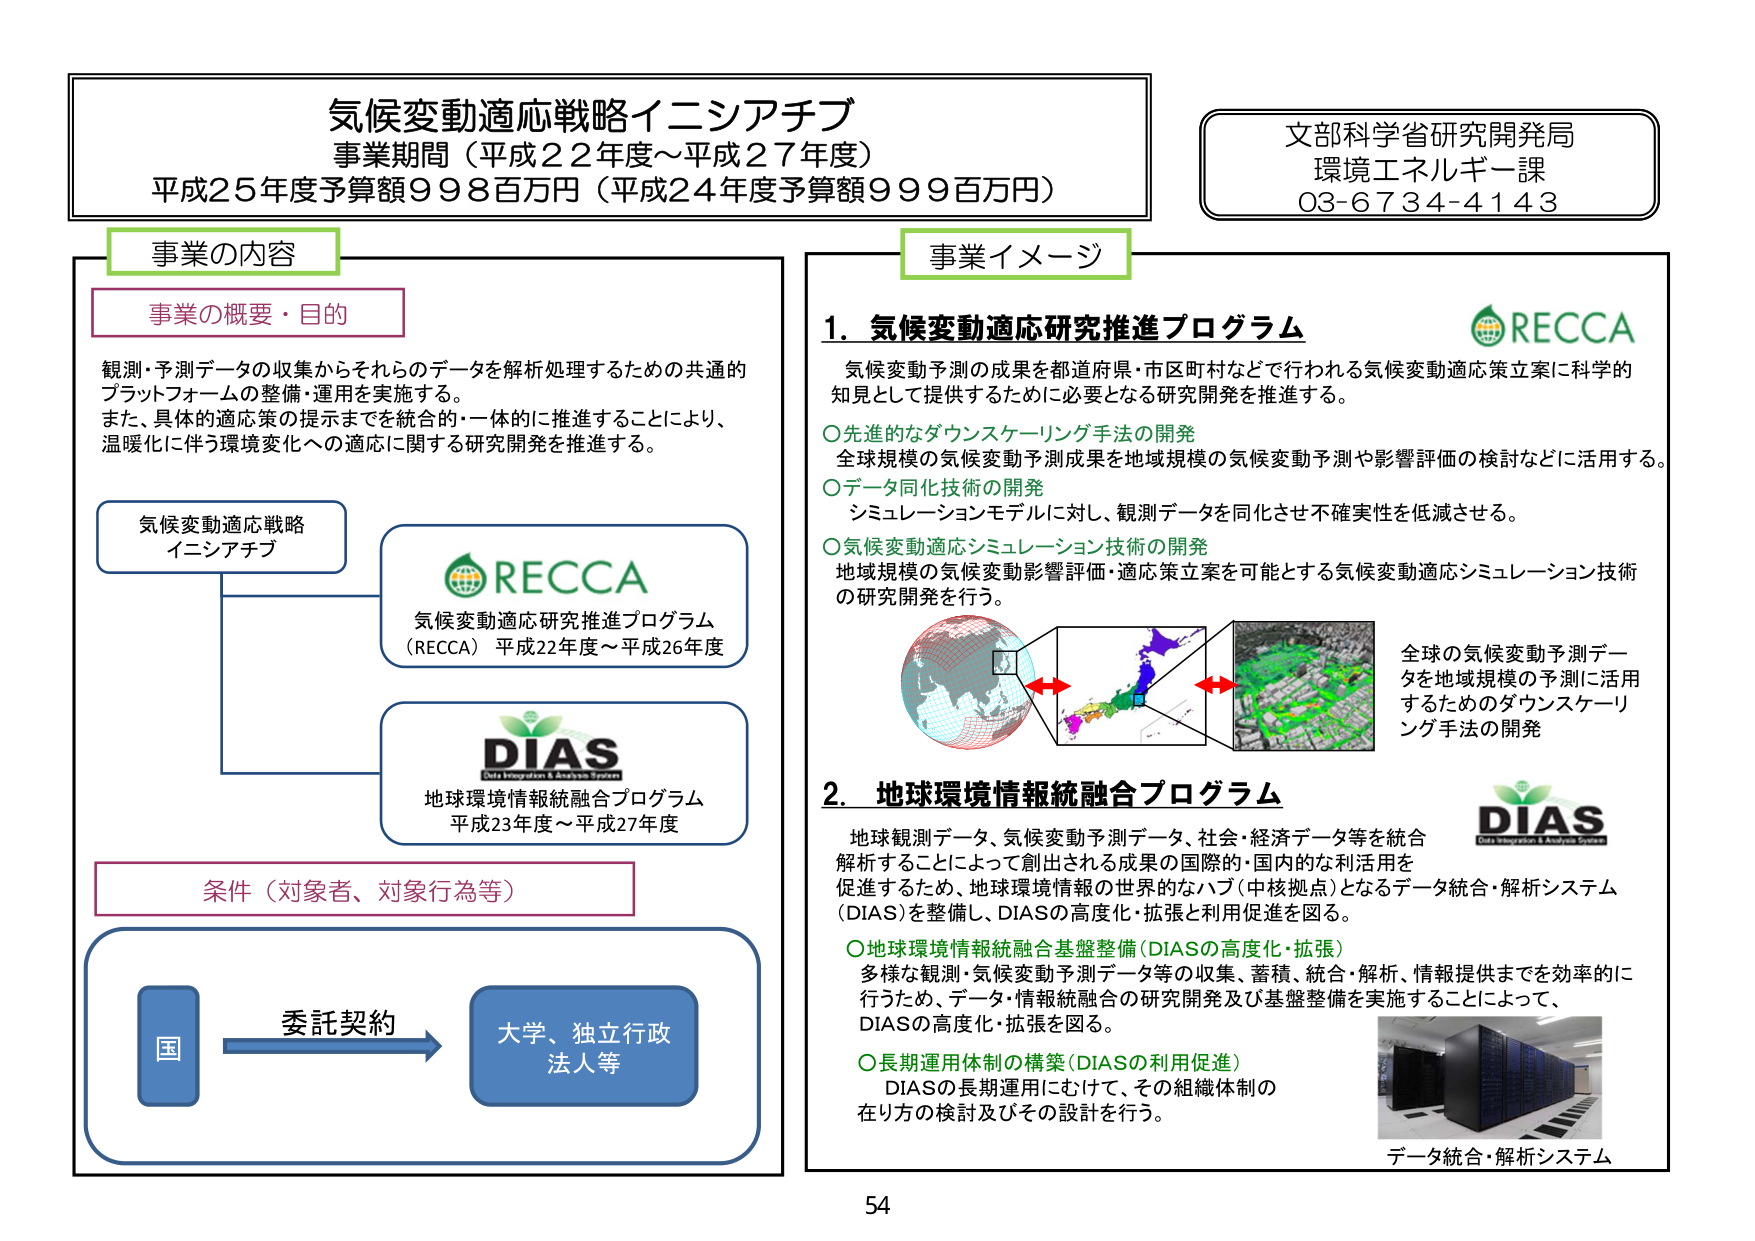
気候変動適応戦略イニシアチブ
事業期間（平成22年度～平成27年度）
平成25年度予算額998百万円（平成24年度予算額999百万円）

文部科学省研究開発局
環境エネルギー課
03-6734-4143

事業の内容

事業の概要・目的
観測・予測データの収集からそれらのデータを解析処理するための共通的
プラットフォームの整備・運用を実施する。
また、具体的適応策の提示までを統合的・一体的に推進することにより、
温暖化に伴う環境変化への適応に関する研究開発を推進する。

気候変動適応戦略
イニシアチブ

RECCA
気候変動適応研究推進プログラム
（RECCA）平成22年度～平成26年度

DIAS
地球環境情報統合プログラム
平成23年度～平成27年度

条件（対象者、対象行為等）

国 → 委託契約 → 大学、独立行政法人等

事業イメージ

1. 気候変動適応研究推進プログラム
気候変動予測の成果を都道府県・市区町村などで行われる気候変動適応策立案に科学的
知見として提供するために必要となる研究開発を推進する。

○先進的なダウンスケーリング手法の開発
全球規模の気候変動予測成果を地域規模の気候変動予測や影響評価の検討などに活用する。

○データ同化技術の開発
シミュレーションモデルに対し、観測データを同化させ不確実性を低減させる。

○気候変動適応シミュレーション技術の開発
地域規模の気候変動影響評価・適応策立案を可能とする気候変動適応シミュレーション技術
の研究開発を行う。

全球の気候変動予測データを地域規模の予測に活用
するためのダウンスケーリング手法の開発

2. 地球環境情報統合プログラム
地球観測データ、気候変動予測データ、社会・経済データ等を統合
解析することによって創出される成果の国際的・国内的な利活用を
促進するため、地球環境情報の世界的なハブ（中核拠点）となるデータ統合・解析システム
（DIAS）を整備し、DIASの高度化・拡張と利用促進を図る。

○地球環境情報統合基盤整備（DIASの高度化・拡張）
多様な観測・気候変動予測データ等の収集、蓄積、統合・解析、情報提供までを効率的に
行うため、データ・情報統合の研究開発及び基盤整備を実施することによって、
DIASの高度化・拡張を図る。

○長期運用体制の構築（DIASの利用促進）
DIASの長期運用にむけて、その組織体制の
在り方の検討及びその設計を行う。

データ統合・解析システム

54